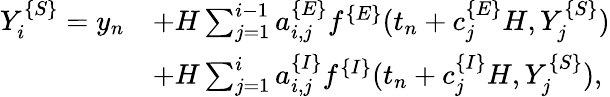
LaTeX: \begin{array}{rl}{Y_{i}^{\{ S\} }=y_{n}}&{+H\sum_{j=1}^{i-1}a_{i,j}^{\{ E\} }f^{\{ E\} }(t_{n}+c_{j}^{\{ E\} }H,Y_{j}^{\{ S\} })}\\ &{+H\sum_{j=1}^{i}a_{i,j}^{\{ I\} }f^{\{ I\} }(t_{n}+c_{j}^{\{ I\} }H,Y_{j}^{\{ S\} }),}\end{array}